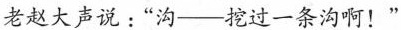
老赵大声说：“沟——挖过一条沟啊！”